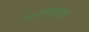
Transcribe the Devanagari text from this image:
मायमाऊली